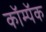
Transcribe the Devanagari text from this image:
कॉम्पॅक